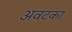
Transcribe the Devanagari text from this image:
अवटका